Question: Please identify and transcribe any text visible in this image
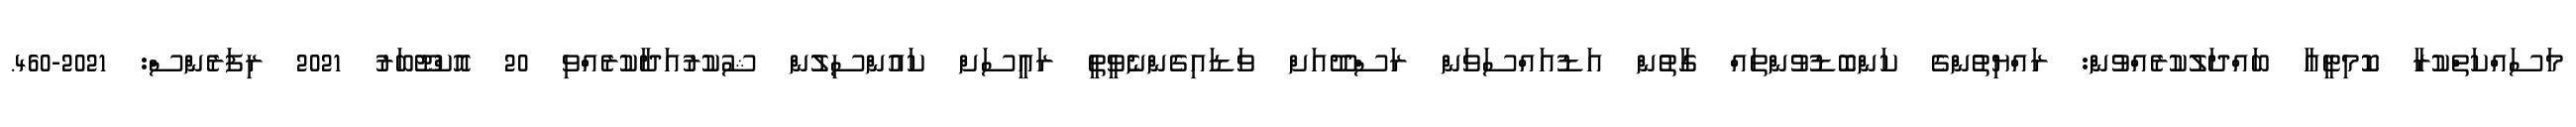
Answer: މަސައްކަތްކުރާ ކޮމިޓީއާ ބައްދަލުކުރެއްވުން: ރައްޔިތުންގެ ކަންބޮޑުވުންތައް ގާތުން އަޑުއައްސަވަން ރަސްދޫއަށް ވަޑައިގެންނެވީތީ ރައީސަށް ކައުންސިލުން ޝުކުރުއަދާކުރެއްވި 20 އޮކްޓޫބަރު 2021 ރިފަރެންސް: 2021-460.